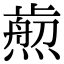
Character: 𤎴